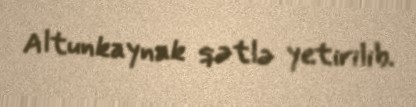
Altunkaynak qətlə yetirilib.